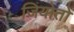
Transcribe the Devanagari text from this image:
जियोतो